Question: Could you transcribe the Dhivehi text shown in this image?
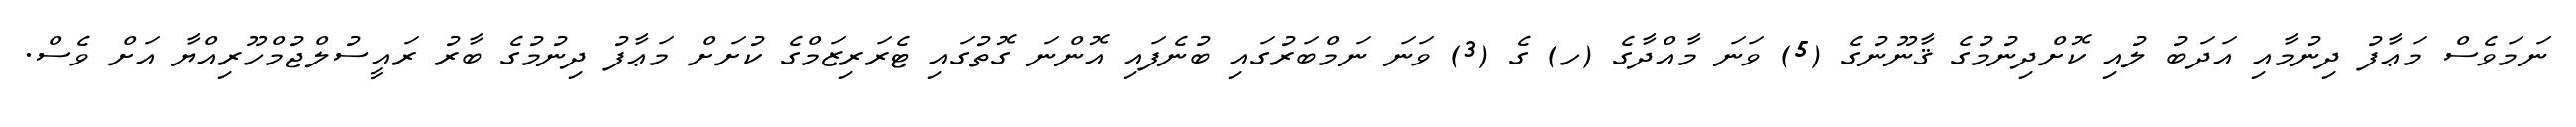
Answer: ނަމަވެސް މަޢާފު ދިނުމާއި އަދަބު ލުއި ކޮށްދިނުމުގެ ޤާނޫނުގެ (5) ވަނަ މާއްދާގެ (ހ) ގެ (3) ވަނަ ނަމްބަރުގައި ބުނެފައި އޮންނަ ގޮތުގައި ޓެރަރިޒަމްގެ ކުށަށް މަޢާފު ދިނުމުގެ ބާރު ރައީސުލްޖުމްހޫރިއްޔާ އަށް ވެސް.